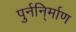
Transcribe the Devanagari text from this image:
पुर्ननि्र्माण